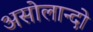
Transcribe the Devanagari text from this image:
असोलान्दो